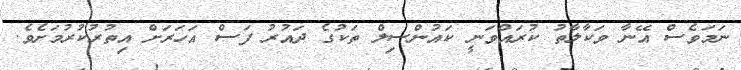
ނަމަވެސް އޭނާ ވަކާލާތު ކުރައްވަނީ ކައުންސިލް ތަކުގެ ދައުރު ފަސް އަހަރަށް އިތުރުކުރުމަށެވެ.